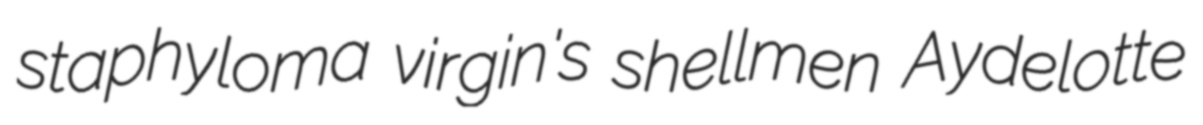
staphyloma virgin's shellmen Aydelotte